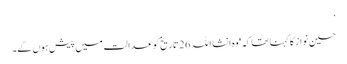
‘
حسین نواز کا کہنا تھا کہ 'وہ انشا اللہ 26 تاریخ کو عدالت میں پیش ہوں گے۔